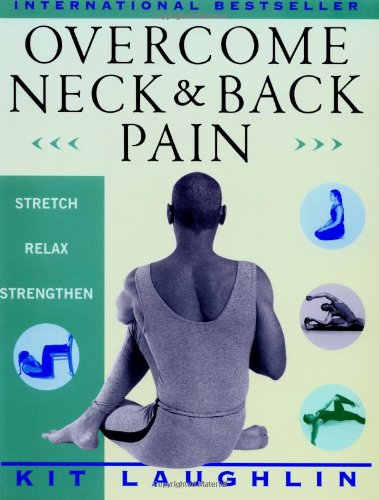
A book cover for Overcome Neck and Back Pain; Kit Laughlin; Health, Fitness & Dieting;